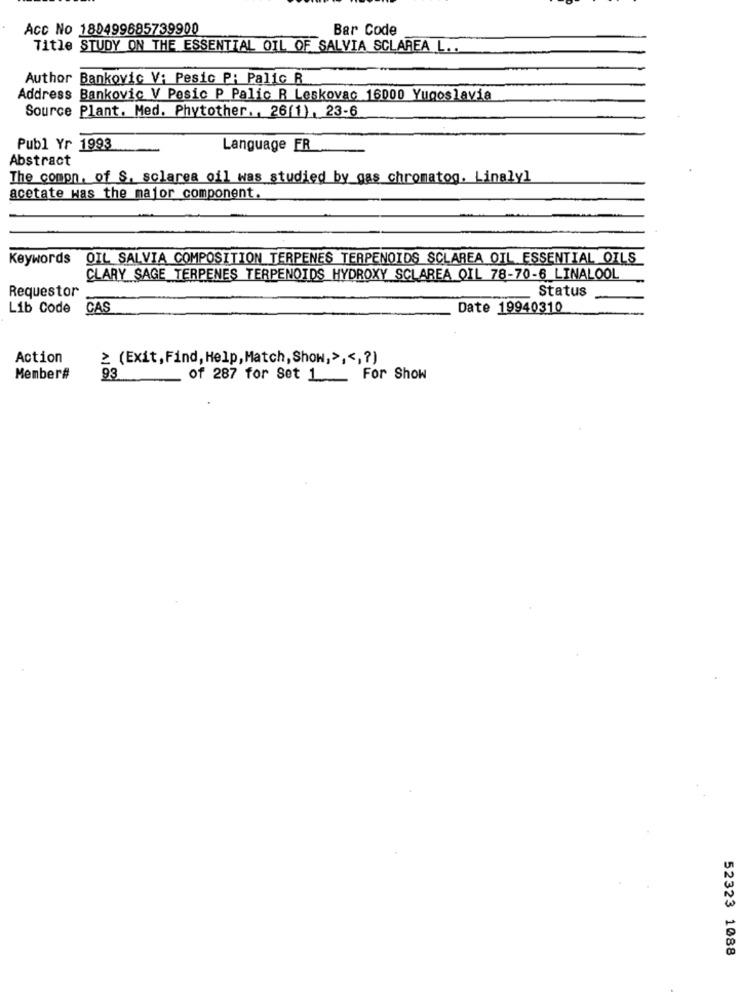
Acc No 180499685739900
Bar Code
Title STUDY ON THE ESSENTIAL OIL OF SALVIA SCLAREA L ..
Author Bankovic V; Pesic P: Palic R
Address Bankovic V Pesic P Palio R Leskovac 16000 Yugoslavia
Source Plant. Med. Phytother. , 26(1), 23-6
Publ Yr 1993
Language FR
Abstract
The comon, of S. solares oil was studied by gas chromatog. Linalyl
acetate was the major component.
Keywords
OIL SALVIA COMPOSITION TERPENES TERPENOIDS SCLAREA OIL ESSENTIAL OILS
CLARY SAGE TERPENES TERPENOIDS HYDROXY SCLAREA OIL 78-70-6 LINALOOL
Requestor
Status
Lib Code
CAS
Date 19940310
Action
≥ (Exit, Find, Help, Match, Show,> ,<,? )
Member#
93
of 287 for Set 1 ___ For Show
52323 1088